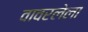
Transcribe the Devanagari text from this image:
वावरलेला